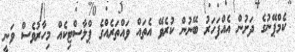
ކެމްޕޭނުގެ ދަށުން އެއްފަހަރު ބޭނުން ކުރެވޭ އެތައް ވައްތަރެއްގެ ޕްލާސްޓިކެއް މިހާރުވެސް ވަނީ